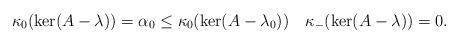
LaTeX: \begin{align*}\kappa_0(\ker(A - \lambda)) = \alpha_0 \le \kappa_0(\ker(A - \lambda_0))\quad\kappa_-(\ker(A - \lambda)) = 0.\end{align*}